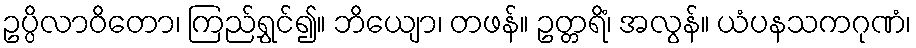
ဥပ္ပိလာဝိတော၊ ကြည်ရွှင်၍။ ဘိယျော၊ တဖန်။ ဥတ္တရိံ၊ အလွန်။ ယံပနသကဂုဏံ၊